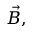
\vec { B , }